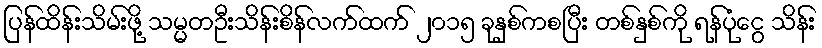
ပြန်ထိန်းသိမ်းဖို့ သမ္မတဦးသိန်းစိန်လက်ထက် ၂၀၁၅ ခုနှစ်ကစပြီး တစ်နှစ်ကို ရန်ပုံငွေ သိန်း